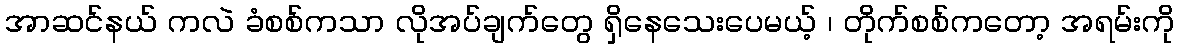
အာဆင်နယ် ကလဲ ခံစစ်ကသာ လိုအပ်ချက်တွေ ရှိနေသေးပေမယ့် ၊ တိုက်စစ်ကတော့ အရမ်းကို